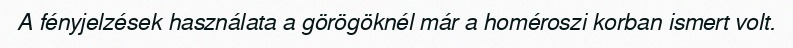
A fényjelzések használata a görögöknél már a homéroszi korban ismert volt.